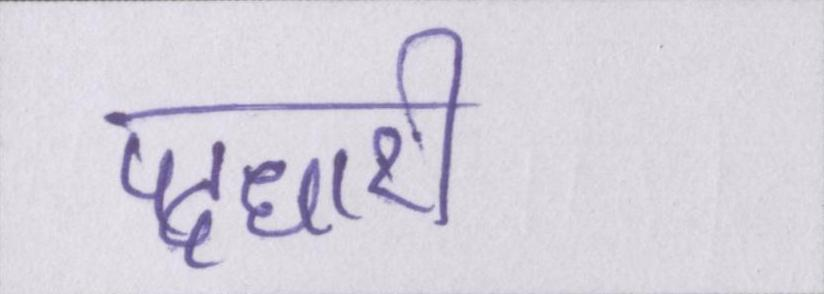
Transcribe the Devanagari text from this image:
पदधारी